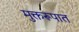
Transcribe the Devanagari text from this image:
मुक्तरूपात